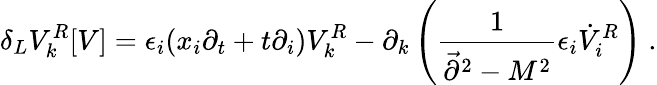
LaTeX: \delta_{L}V_{k}^{R}[V]=\epsilon_{i}(x_{i}\partial_{t}+t\partial_{i})V_{k}^{R}-\partial_{k}\left({\frac{1}{\vec{\partial}^{2}-M^{2}}}\epsilon_{i}\dot{V}_{i}^{R}\right)~.